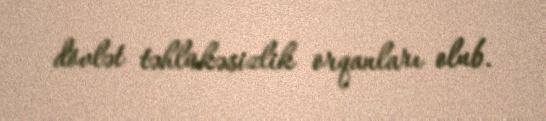
dövlət təhlükəsizlik orqanları olub.